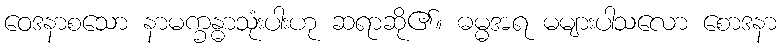
ဝေဒနာစသော နာမက္ခန္ဓာသုံးပါးဟု ဆရာဆို၏။ ဓမ္မအရ မများပါသလော စောဒနာ